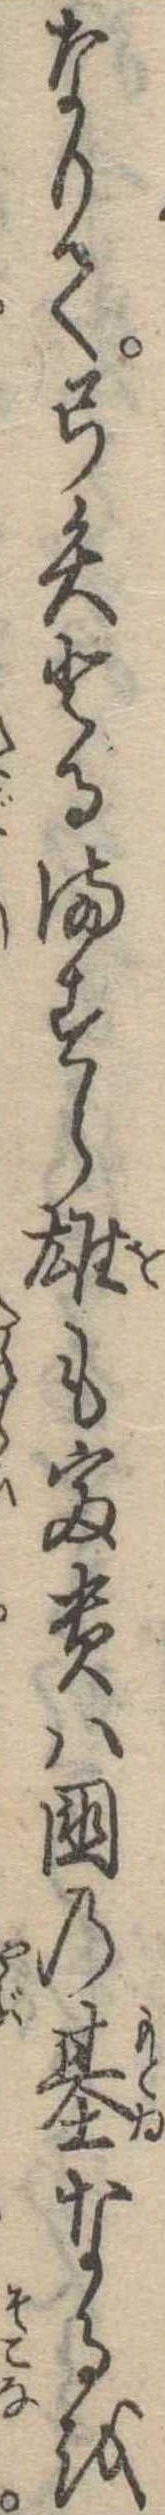
なりて弓矢とるますら雄も富貴は国の基なるを